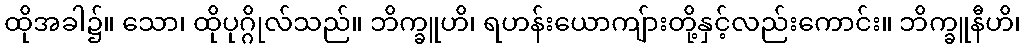
ထိုအခါ၌။ သော၊ ထိုပုဂ္ဂိုလ်သည်။ ဘိက္ခူဟိ၊ ရဟန်းယောကျ်ားတို့နှင့်လည်းကောင်း။ ဘိက္ခူနီဟိ၊